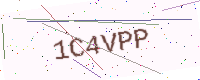
Text: 1C4VPP